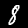
Digit: 8